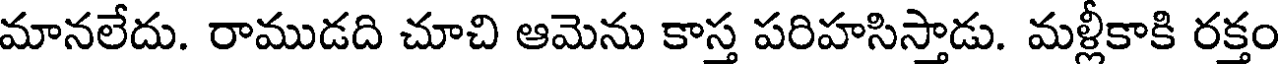
మానలేదు. రాముడది చూచి ఆమెను కాస్త పరిహసిస్తాడు. మళ్లీకాకి రక్తం